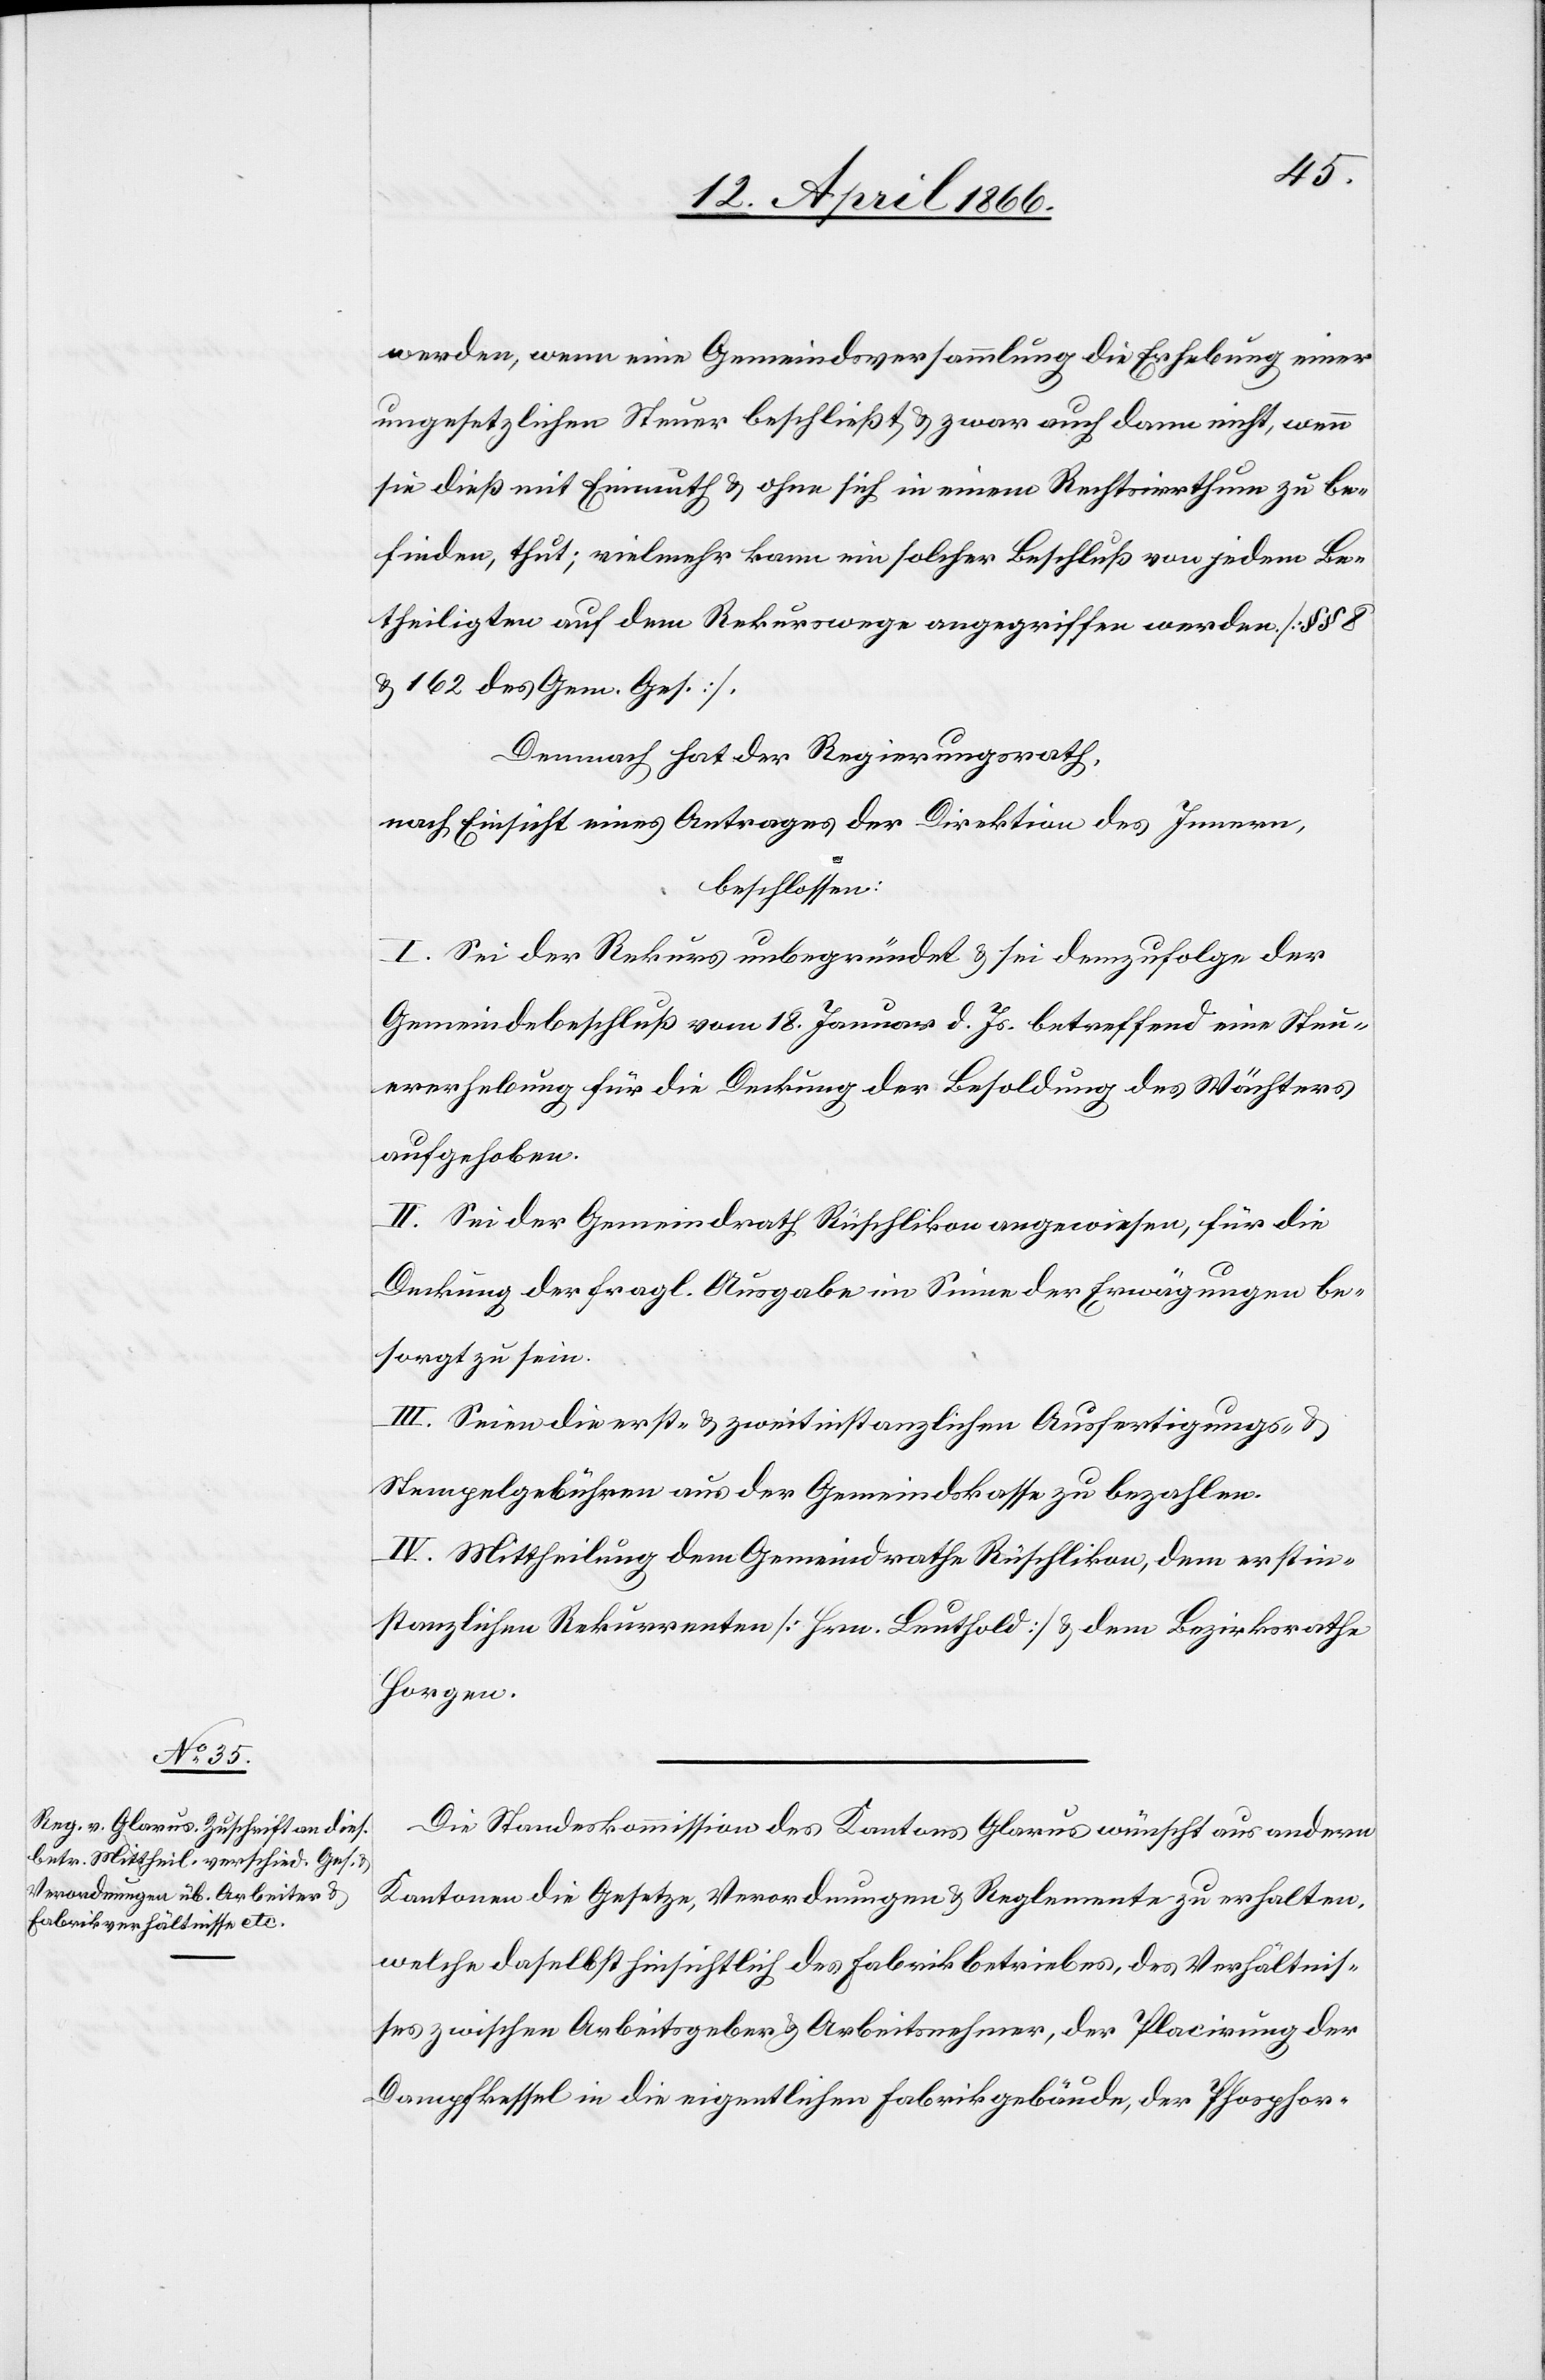
werden, wenn eine Gemeindsversammlung die Erhebung einer
ungesetzlichen Steuer beschließt u. zwar auch dann nicht, wenn
sie dieß mit Einmuth u. ohne sich in einem Rechtsirrthum zu be¬
finden, thut; vielmehr kann ein solcher Beschluß von jedem Be¬
theiligten auf dem Rekurswege angegriffen werden [§§ 8
u. 162 des Gem. Ges.].
Demnach hat der Regierungsrath,
nach Einsicht eines Antrages der Direktion des Innern,
beschlossen:
I. Sei der Rekurs unbegründet u. sei demzufolge der
Gemeindebeschluß vom 18. Januar d. Js. betreffend eine Steu¬
ererhebung für die Deckung der Besoldung des Wächters
aufgehoben.
II. Sei der Gemeindrath Rüschlikon angewiesen, für die
Deckung der fragl. Ausgabe im Sinne der Erwägungen be¬
sorgt zu sein.
III. Seien die erst- u. zweitinstanzlichen Ausfertigungs- u.
Stempelgebühren aus der Gemeindskasse zu bezahlen.
IV. Mittheilung dem Gemeindrathe Rüschlikon, dem erstin¬
stanzlichen Rekurrenten [Hrn. Leuthold] u. dem Bezirksrathe
Horgen.
Die Standeskommission des Kantons Glarus wünscht aus andern
Kantonen die Gesetze, Verordnungen u. Reglemente zu erhalten,
welche daselbst hinsichtlich des Fabrikbetriebes, des Verhältnis¬
ses zwischen Arbeitgeber u. Arbeitnehmer, der Placirung der
Dampfkessel in die eigenthlichen Fabrikgebäude, der Phosphor-